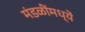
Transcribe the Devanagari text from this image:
मंडळींमध्यें